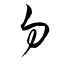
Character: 勿